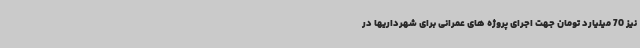
نیز 70 میلیارد تومان جهت اجرای پروژه های عمرانی برای شهرداریها در